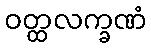
ဝတ္ထလက္ခဏံ